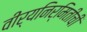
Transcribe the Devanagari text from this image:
वीर्यनिर्मितीची